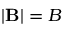
| \mathbf B | = B